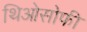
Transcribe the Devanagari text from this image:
थिओसोफी